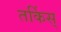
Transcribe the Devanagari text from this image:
तर्किस्